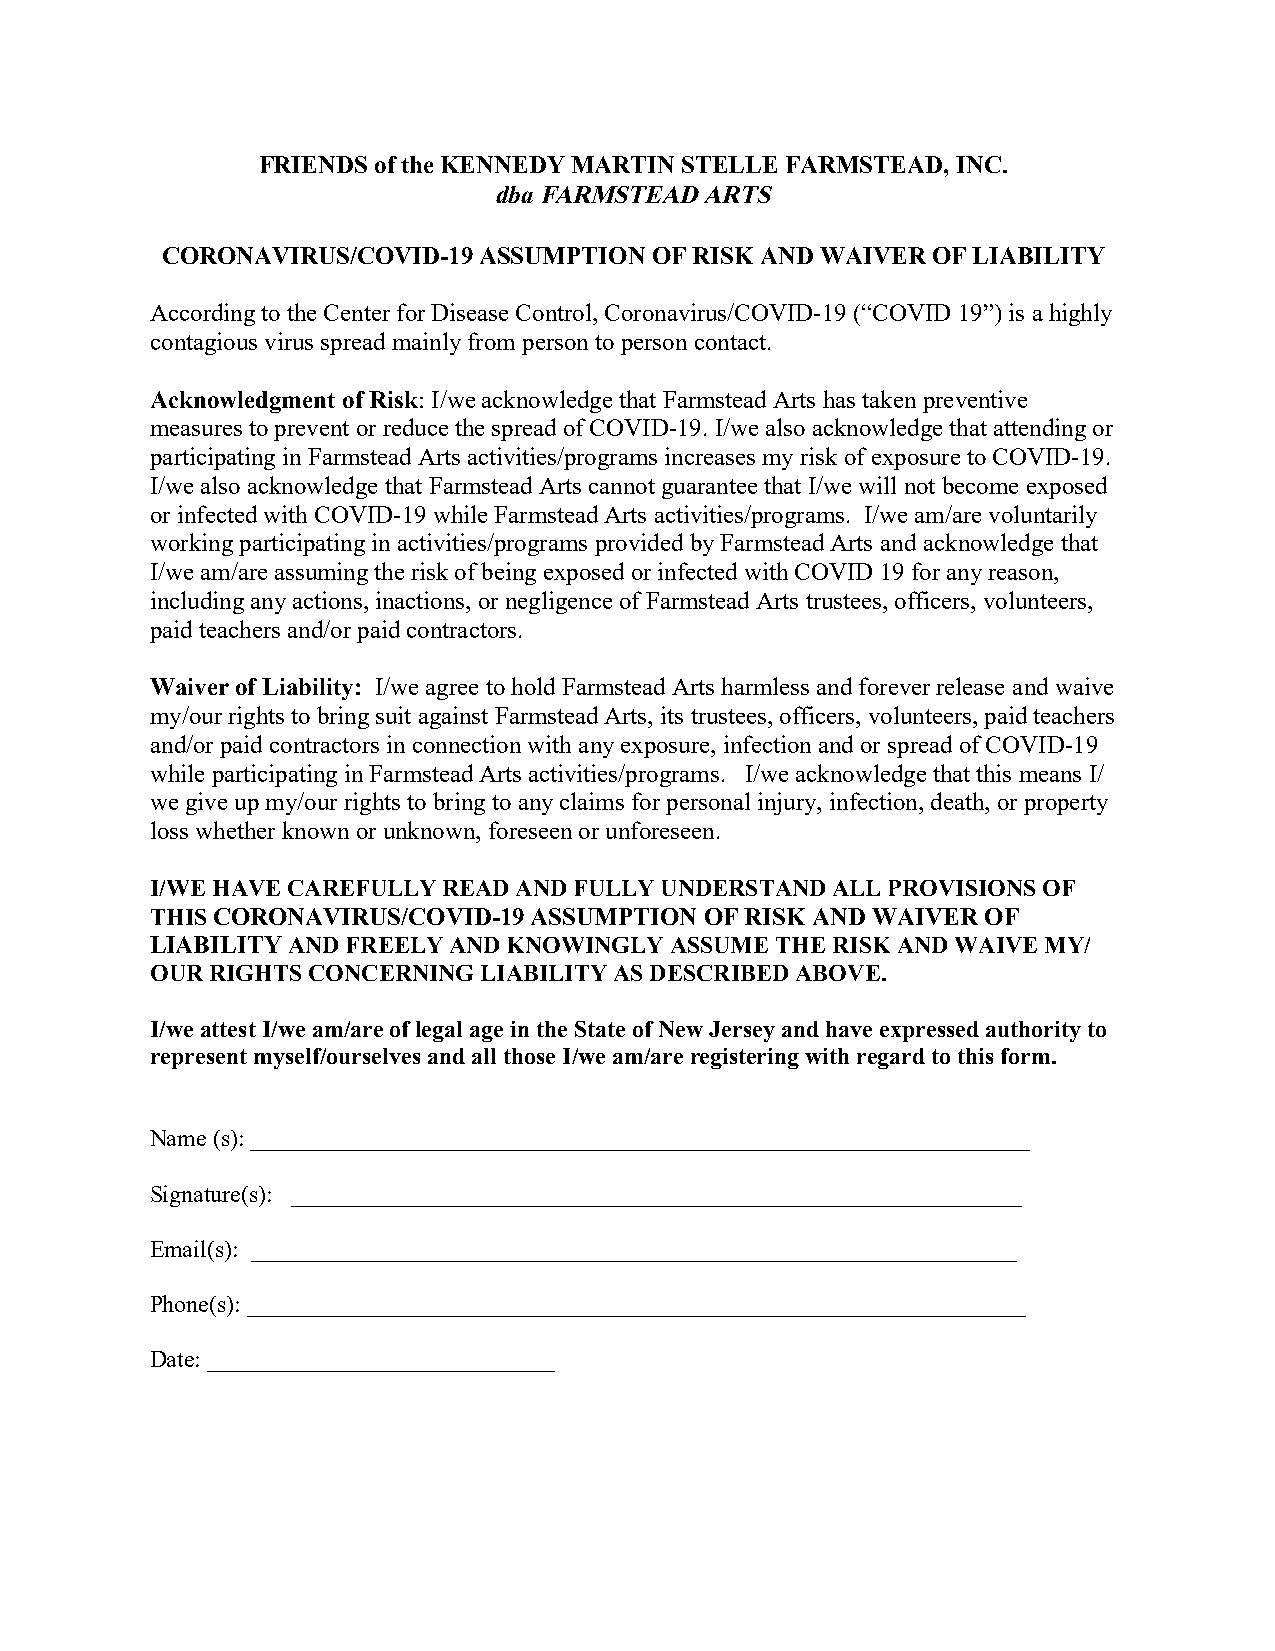
FRIENDS of the KENNEDY MARTIN STELLE FARMSTEAD, INC.
 dba FARMSTEAD ARTS
 CORONAVIRUS/COVID-19 ASSUMPTION OF RISK AND WAIVER OF LIABILITY
 According to the Center for Disease Control, Coronavirus/COVID-19 (“COVID 19”) is a highly
 contagious virus spread mainly from person to person contact.
 Acknowledgment of Risk: I/we acknowledge that Farmstead Arts has taken preventive
 measures to prevent or reduce the spread of COVID-19. I/we also acknowledge that attending or
 participating in Farmstead Arts activities/programs increases my risk of exposure to COVID-19.
 I/we also acknowledge that Farmstead Arts cannot guarantee that I/we will not become exposed
 or infected with COVID-19 while Farmstead Arts activities/programs. I/we am/are voluntarily
 working participating in activities/programs provided by Farmstead Arts and acknowledge that
 I/we am/are assuming the risk of being exposed or infected with COVID 19 for any reason,
 including any actions, inactions, or negligence of Farmstead Arts trustees, officers, volunteers,
 paid teachers and/or paid contractors.
 Waiver of Liability: I/we agree to hold Farmstead Arts harmless and forever release and waive
 my/our rights to bring suit against Farmstead Arts, its trustees, officers, volunteers, paid teachers
 and/or paid contractors in connection with any exposure, infection and or spread of COVID-19
 while participating in Farmstead Arts activities/programs. I/we acknowledge that this means I/
 we give up my/our rights to bring to any claims for personal injury, infection, death, or property
 loss whether known or unknown, foreseen or unforeseen.
 I/WE HAVE CAREFULLY READ AND FULLY UNDERSTAND ALL PROVISIONS OF
 THIS CORONAVIRUS/COVID-19 ASSUMPTION OF RISK AND WAIVER OF
 LIABILITY AND FREELY AND KNOWINGLY ASSUME THE RISK AND WAIVE MY/
 OUR RIGHTS CONCERNING LIABILITY AS DESCRIBED ABOVE.
 I/we attest I/we am/are of legal age in the State of New Jersey and have expressed authority to
 represent myself/ourselves and all those I/we am/are registering with regard to this form.
 Name (s): _________________________________________________________________
 Signature(s): _____________________________________________________________
 Email(s): ________________________________________________________________
 Phone(s): _________________________________________________________________
 Date: _____________________________